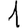
Digit: 1